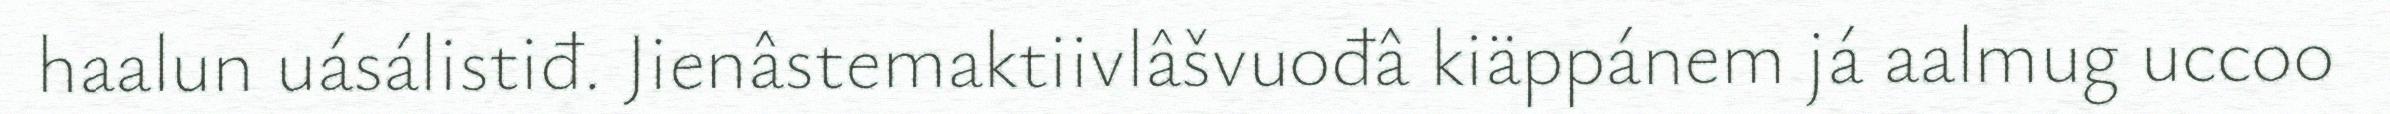
haalun uásálistiđ. Jienâstemaktiivlâšvuođâ kiäppánem já aalmug uccoo